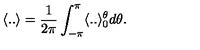
\langle . . \rangle = \frac { 1 } { 2 \pi } \int _ { - \pi } ^ { \pi } \langle . . \rangle _ { 0 } ^ { \theta } d \theta .